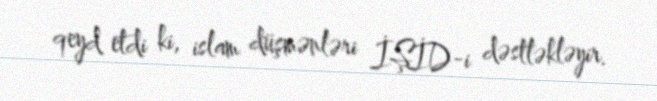
qeyd etdi ki, islam düşmənləri İŞİD-i dəstləkləyir.